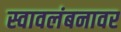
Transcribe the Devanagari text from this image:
स्वावलंबनावर